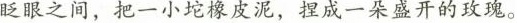
眨眼之间，把一小坨橡皮泥，捏成一朵盛开的玫瑰。